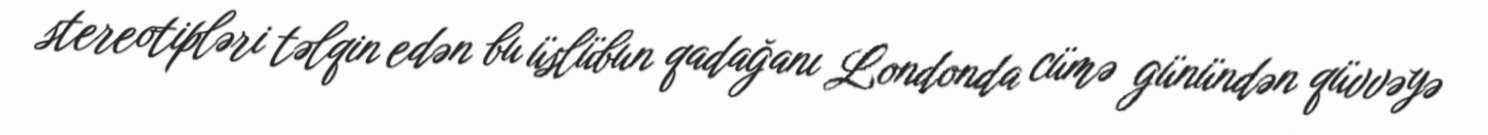
stereotipləri təlqin edən bu üslübun qadağanı Londonda cümə günündən qüvvəyə